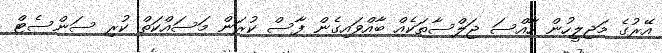
އޭރުގެ މަޖިލީހުން ހާއްސަ ޖަލްސާތަކެއް ބާއްވައިގެން ފާސް ކުރަން މަސައްކަތް ކުރި ސަންސެޓް